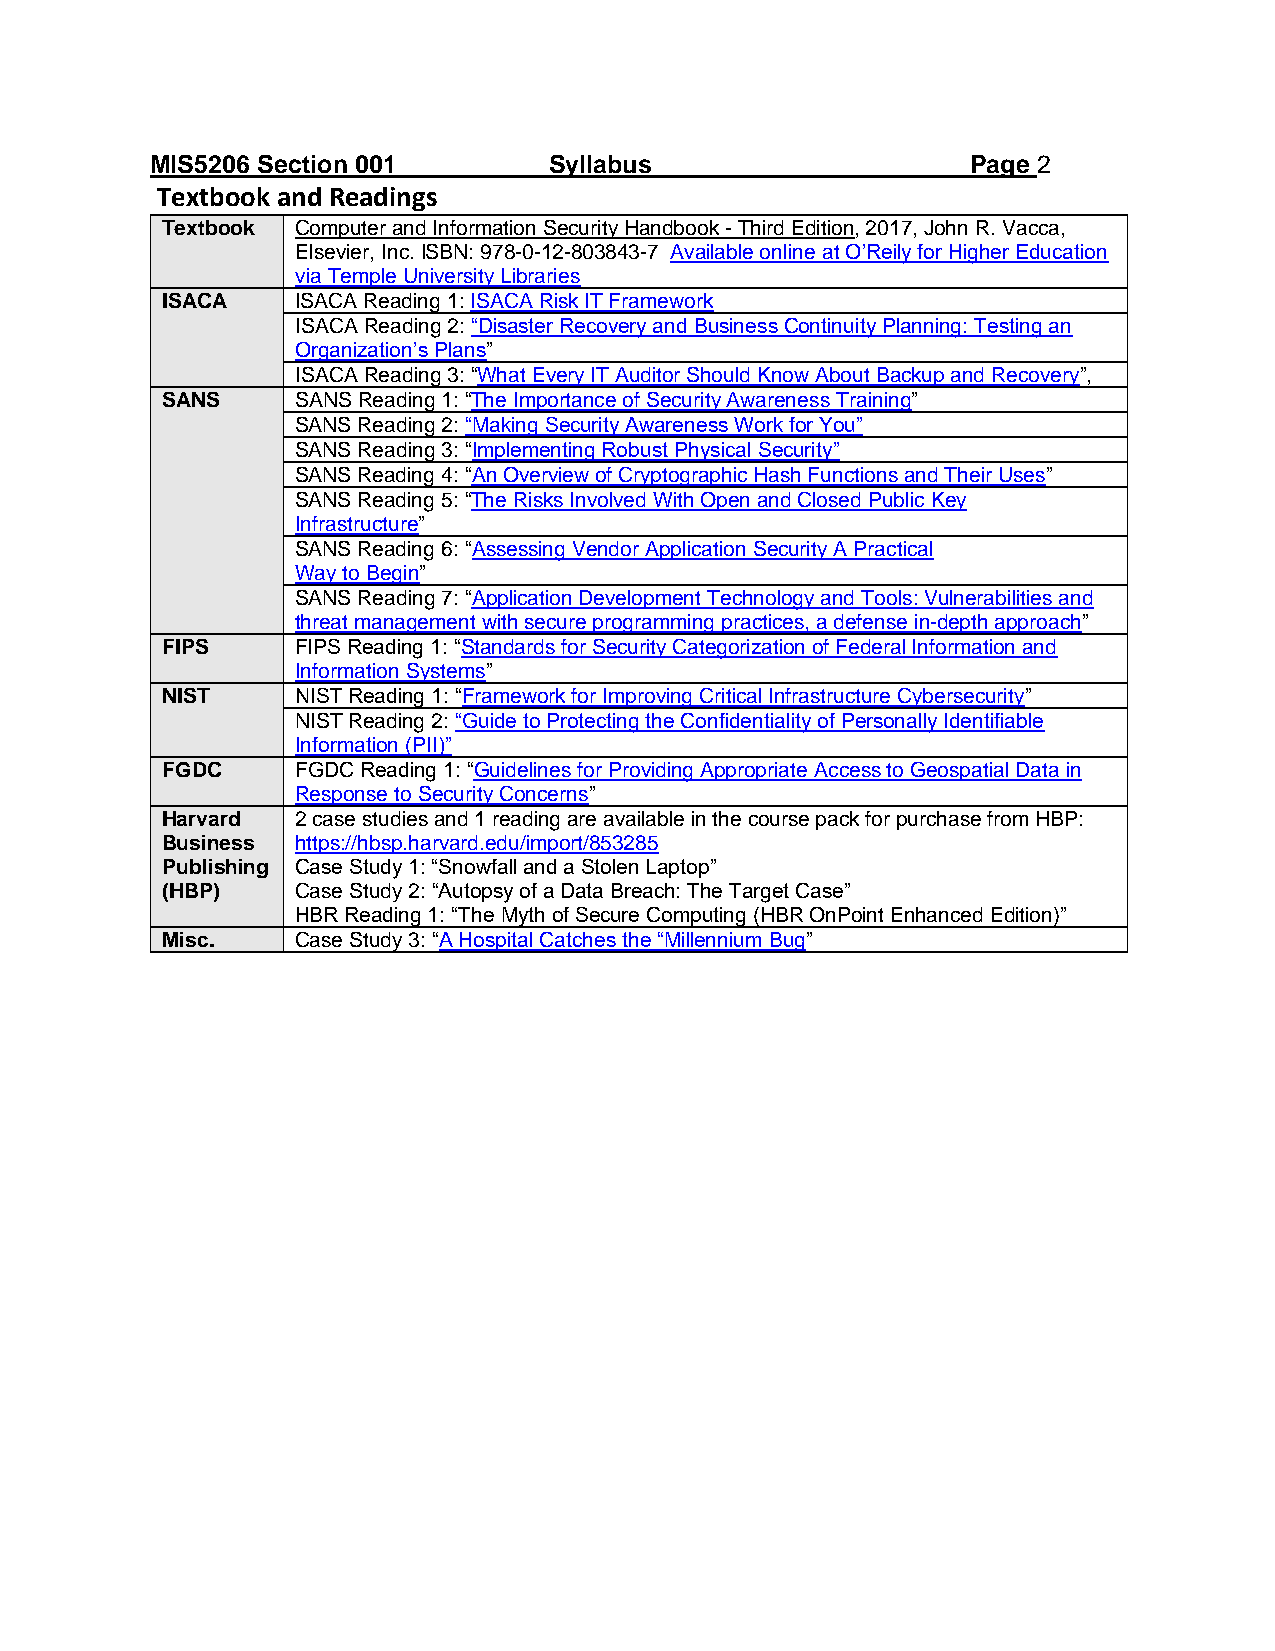
MIS5206 Section 001       Syllabus                    Page 2
 Textbook and Readings
 Textbook Computer and Information Security Handbook - Third Edition, 2017, John R. Vacca,
 Elsevier, Inc. ISBN: 978-0-12-803843-7 Available online at O’Reily for Higher Education
 via Temple University Libraries
 ISACA    ISACA Reading 1: ISACA Risk IT Framework
 ISACA Reading 2: “Disaster Recovery and Business Continuity Planning: Testing an
 Organization’s Plans”
 ISACA Reading 3: “What Every IT Auditor Should Know About Backup and Recovery”,
 SANS     SANS Reading 1: “The Importance of Security Awareness Training”
 SANS Reading 2: “Making Security Awareness Work for You”
 SANS Reading 3: “Implementing Robust Physical Security”
 SANS Reading 4: “An Overview of Cryptographic Hash Functions and Their Uses”
 SANS Reading 5: “The Risks Involved With Open and Closed Public Key
 Infrastructure”
 SANS Reading 6: “Assessing Vendor Application Security A Practical
 Way to Begin”
 SANS Reading 7: “Application Development Technology and Tools: Vulnerabilities and
 threat management with secure programming practices, a defense in-depth approach”
 FIPS     FIPS Reading 1: “Standards for Security Categorization of Federal Information and
 Information Systems”
 NIST     NIST Reading 1: “Framework for Improving Critical Infrastructure Cybersecurity”
 NIST Reading 2: “Guide to Protecting the Confidentiality of Personally Identifiable
 Information (PII)”
 FGDC     FGDC Reading 1: “Guidelines for Providing Appropriate Access to Geospatial Data in
 Response to Security Concerns”
 Harvard  2 case studies and 1 reading are available in the course pack for purchase from HBP:
 Business https://hbsp.harvard.edu/import/853285
 Publishing Case Study 1: “Snowfall and a Stolen Laptop”
 (HBP)    Case Study 2: “Autopsy of a Data Breach: The Target Case”
 HBR Reading 1: “The Myth of Secure Computing (HBR OnPoint Enhanced Edition)”
 Misc.    Case Study 3: “A Hospital Catches the “Millennium Bug”